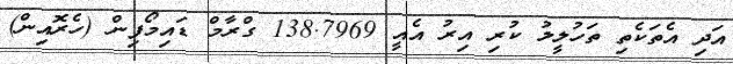
އަދި އެތަކެތި ތަހުލީލު ކުރި އިރު އެއީ 138.7969 ގްރާމް ޑައިމޯފިން (ހެރޮއިން)